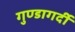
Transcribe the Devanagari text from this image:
गुण्डागर्दी